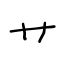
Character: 艹